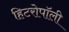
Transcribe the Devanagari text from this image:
हिटरोपॉली